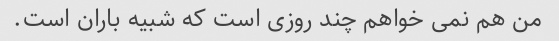
من هم نمی خواهم چند روزی است که شبیه باران است.